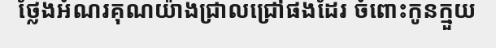
ថ្លែងអំណរគុណយ៉ាងជ្រាលជ្រៅផងដែរ ចំពោះកូនក្មួយ